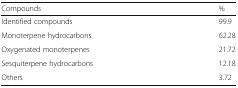
<table><thead><tr><td><b>Compounds</b></td><td><b>%</b></td></tr></thead><tbody><tr><td>Identified compounds</td><td>99.9</td></tr><tr><td>Monoterpene hydrocarbons</td><td>62.28</td></tr><tr><td>Oxygenated monoterpenes</td><td>21.72</td></tr><tr><td>Sesquiterpene hydrocarbons</td><td>12.18</td></tr><tr><td>Others</td><td>3.72</td></tr></tbody></table>